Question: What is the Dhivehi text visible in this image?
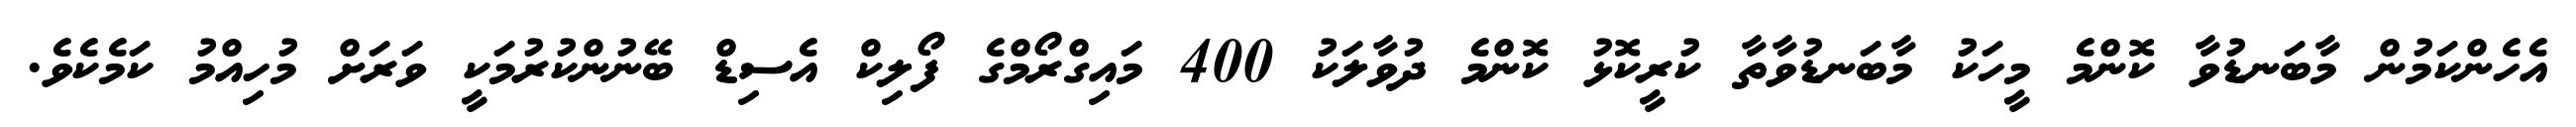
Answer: އެހެންކަމުން މާބަނޑުވާ ކޮންމެ މީހަކު މާބަނޑުވާތާ ކުރީކޮޅު ކޮންމެ ދުވާލަކު 400 މައިގްރޯމްގެ ފޯލިކް އެސިޑް ބޭނުންކުރުމަކީ ވަރަށް މުހިއްމު ކަމެކެވެ.